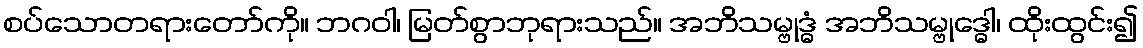
စပ်သောတရားတော်ကို။ ဘဂဝါ၊ မြတ်စွာဘုရားသည်။ အဘိသမ္ဗုဒ္ဓံ အဘိသမ္ဗုဒ္ဓေါ၊ ထိုးထွင်း၍